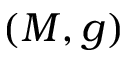
( M , g )